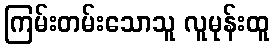
ကြမ်းတမ်းသောသူ လူမုန်းထူ